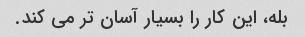
بله، این کار را بسیار آسان تر می کند.